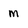
Character: m